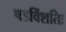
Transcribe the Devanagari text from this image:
षडविंशतिः